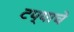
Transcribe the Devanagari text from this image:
टप्याचे